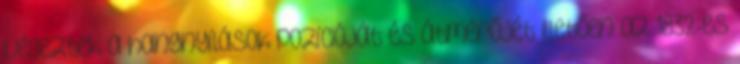
végeztek a hangnyílások pozícióját és átmérőjét illetően az 1832-es